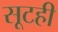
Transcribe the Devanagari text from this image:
सूटही